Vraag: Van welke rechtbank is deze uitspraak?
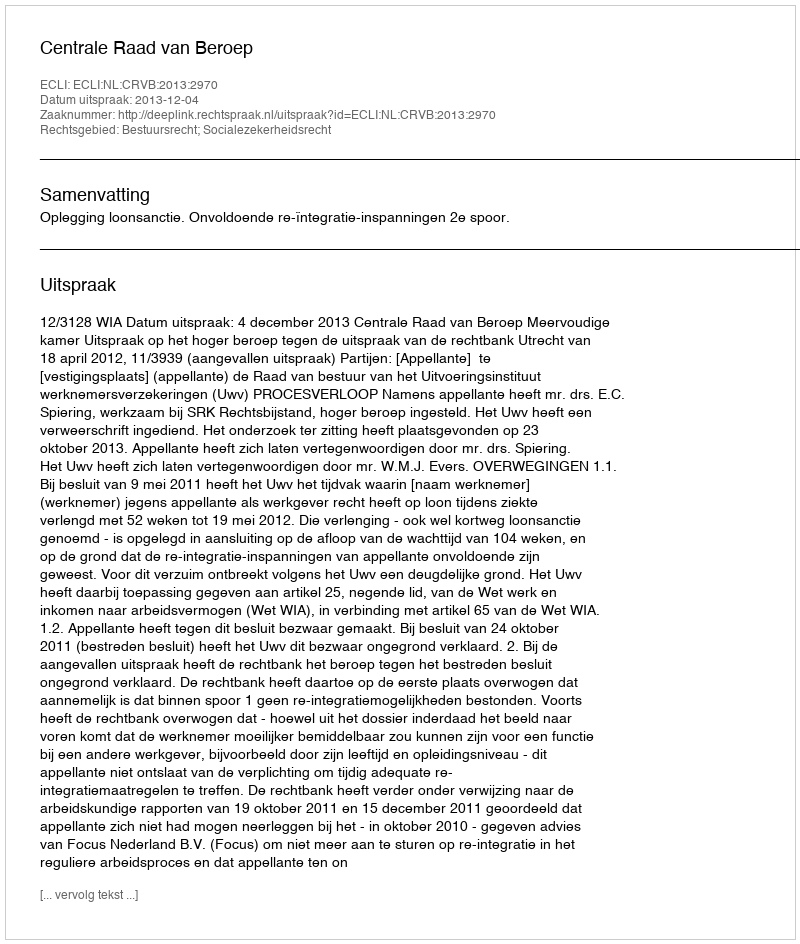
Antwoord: Centrale Raad van Beroep